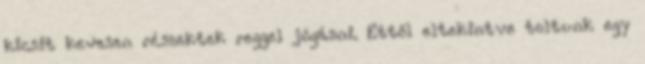
kicsit kevesen részektek reggel jógázni. Ettől eltekintve toltunk egy